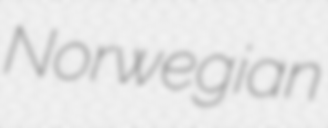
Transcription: Norwegian